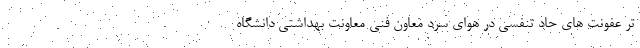
تر عفونت های حاد تنفسی در هوای سرد معاون فنی معاونت بهداشتی دانشگاه